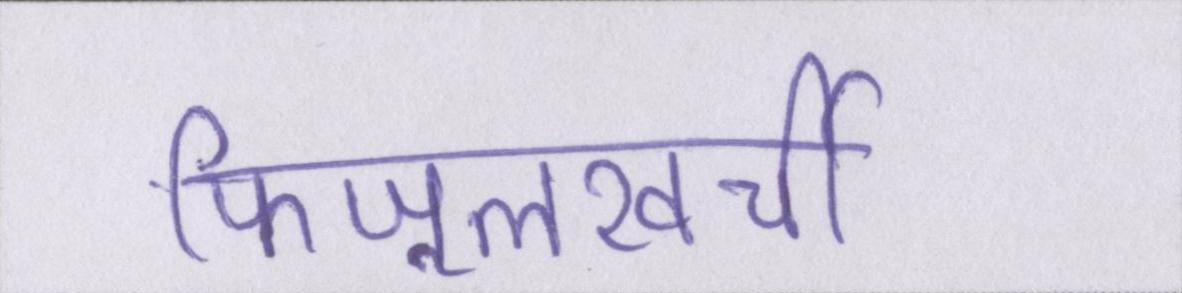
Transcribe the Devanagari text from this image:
फिजूलखर्ची